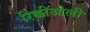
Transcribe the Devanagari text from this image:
रिक्कीओली